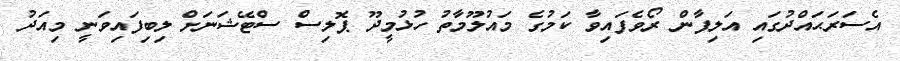
އެސަރަޙައްދުގައި އަލިފާން ރޯވެފައިވާ ކަމުގެ މައުލޫމާތު ހުޅުމީދޫ ޕޮލިސް ސްޓޭޝަނަށް ލިބިފައިވަނީ މިއަދު